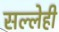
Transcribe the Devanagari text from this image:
सल्लेही